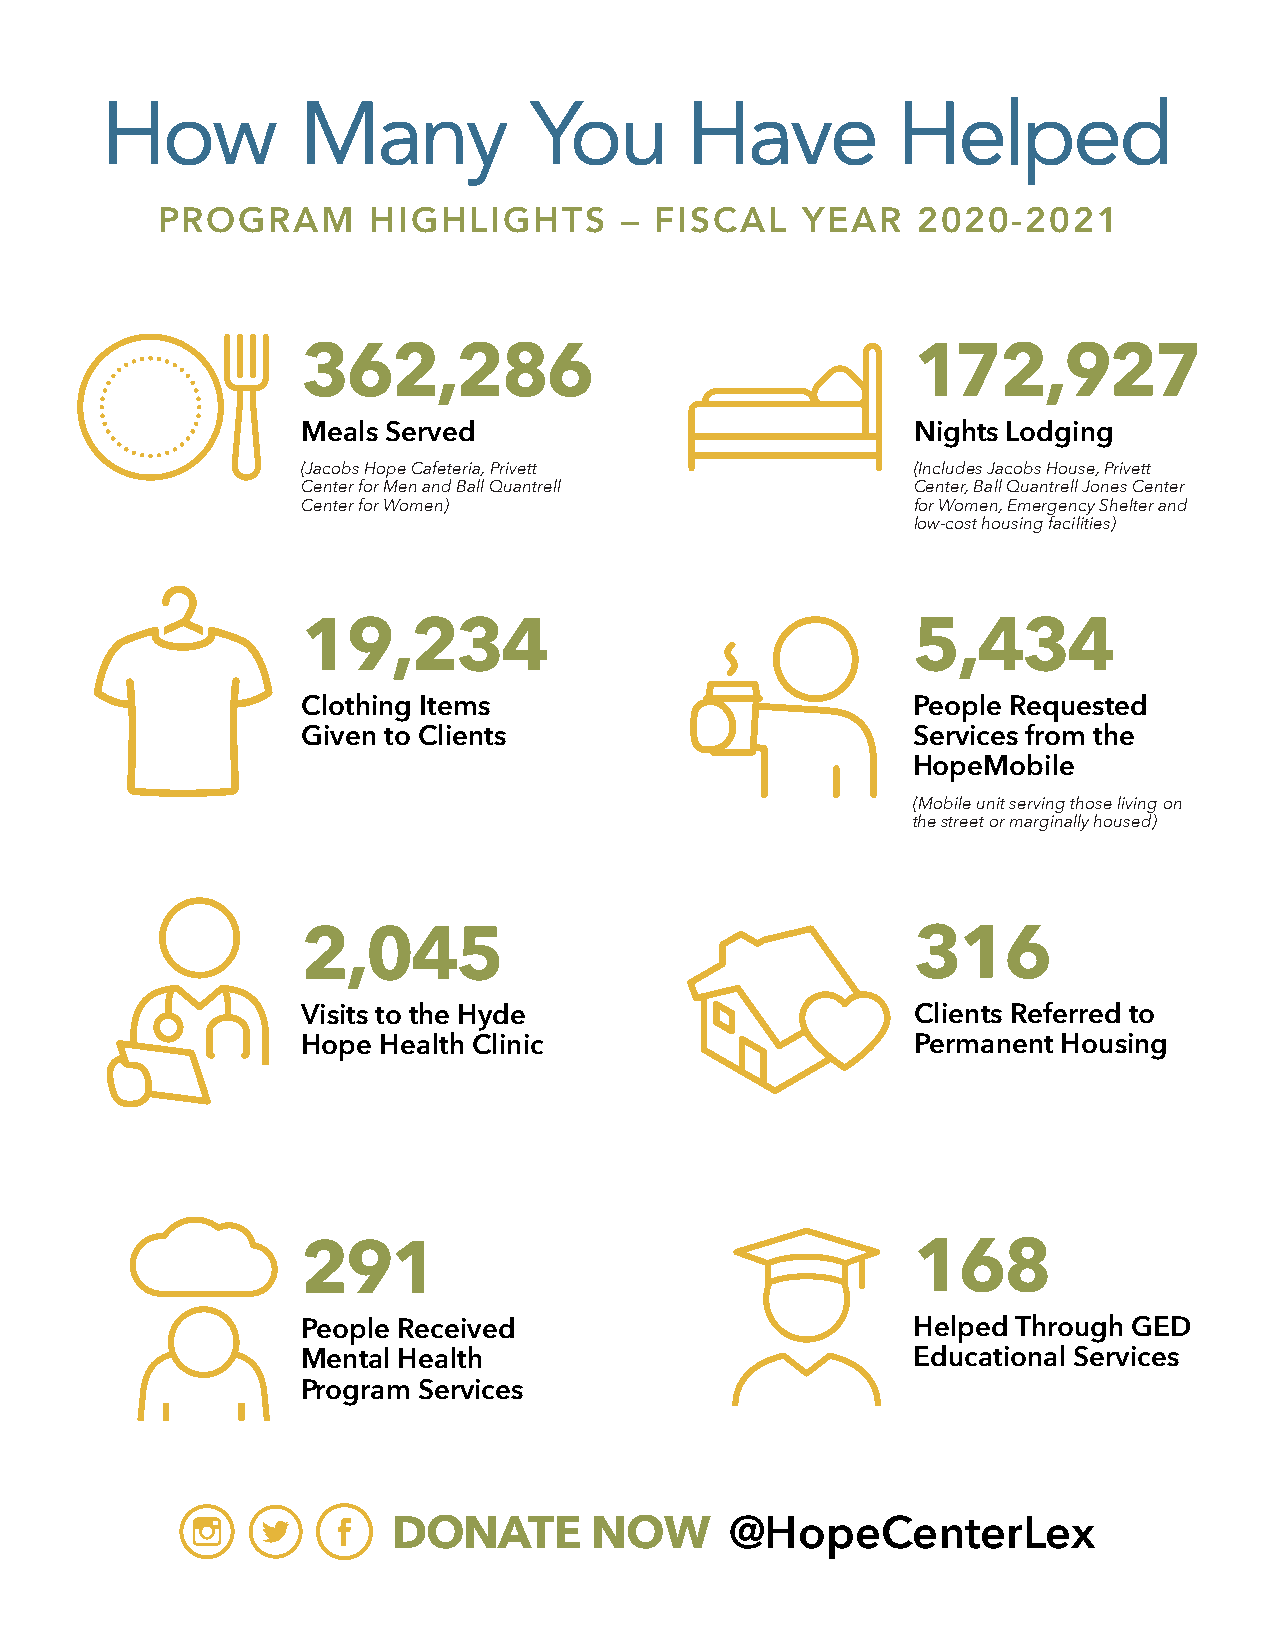
How          Many           You       Have          Helped
 PROGRAM        HIGHLIGHTS      – FISCAL    YEAR    2020-2021
 362,286                                  172,927
 Meals Served                             Nights Lodging
 (Jacobs Hope Cafeteria, Privett          (Includes Jacobs House, Privett
 Center for Men and Ball Quantrell        Center, Ball Quantrell Jones Center
 Center for Women)                        for Women, Emergency Shelter and
 low-cost housing facilities)
 19,234                                  5,434
 Clothing Items                          People Requested
 Given to Clients                        Services from the
 HopeMobile
 (Mobile unit serving those living on
 the street or marginally housed)
 2,045                                    316
 Visits to the Hyde                       Clients Referred to
 Hope Health Clinic                       Permanent Housing
 291                                     168
 People Received                         Helped Through GED
 Mental Health                           Educational Services
 Program Services
 DONATE       NOW      @HopeCenterLex